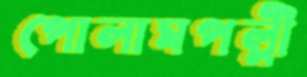
পোলামপল্লী